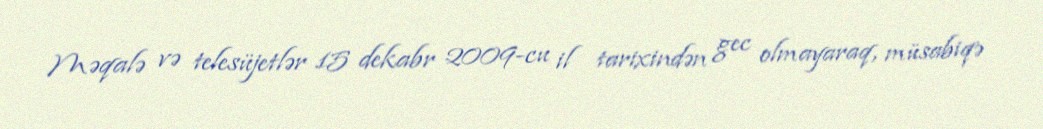
Məqalə və telesüjetlər 15 dekabr 2009-cu il tarixindən gec olmayaraq, müsabiqə